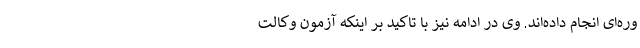
وره‌ای انجام داده‌اند. وی در ادامه نیز با تاکید بر اینکه آزمون وکالت